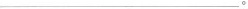
___ 。